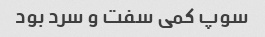
سوپ کمی سفت و سرد بود